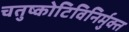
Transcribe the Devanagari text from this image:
चतुष्कोटिविनिर्मुक्त